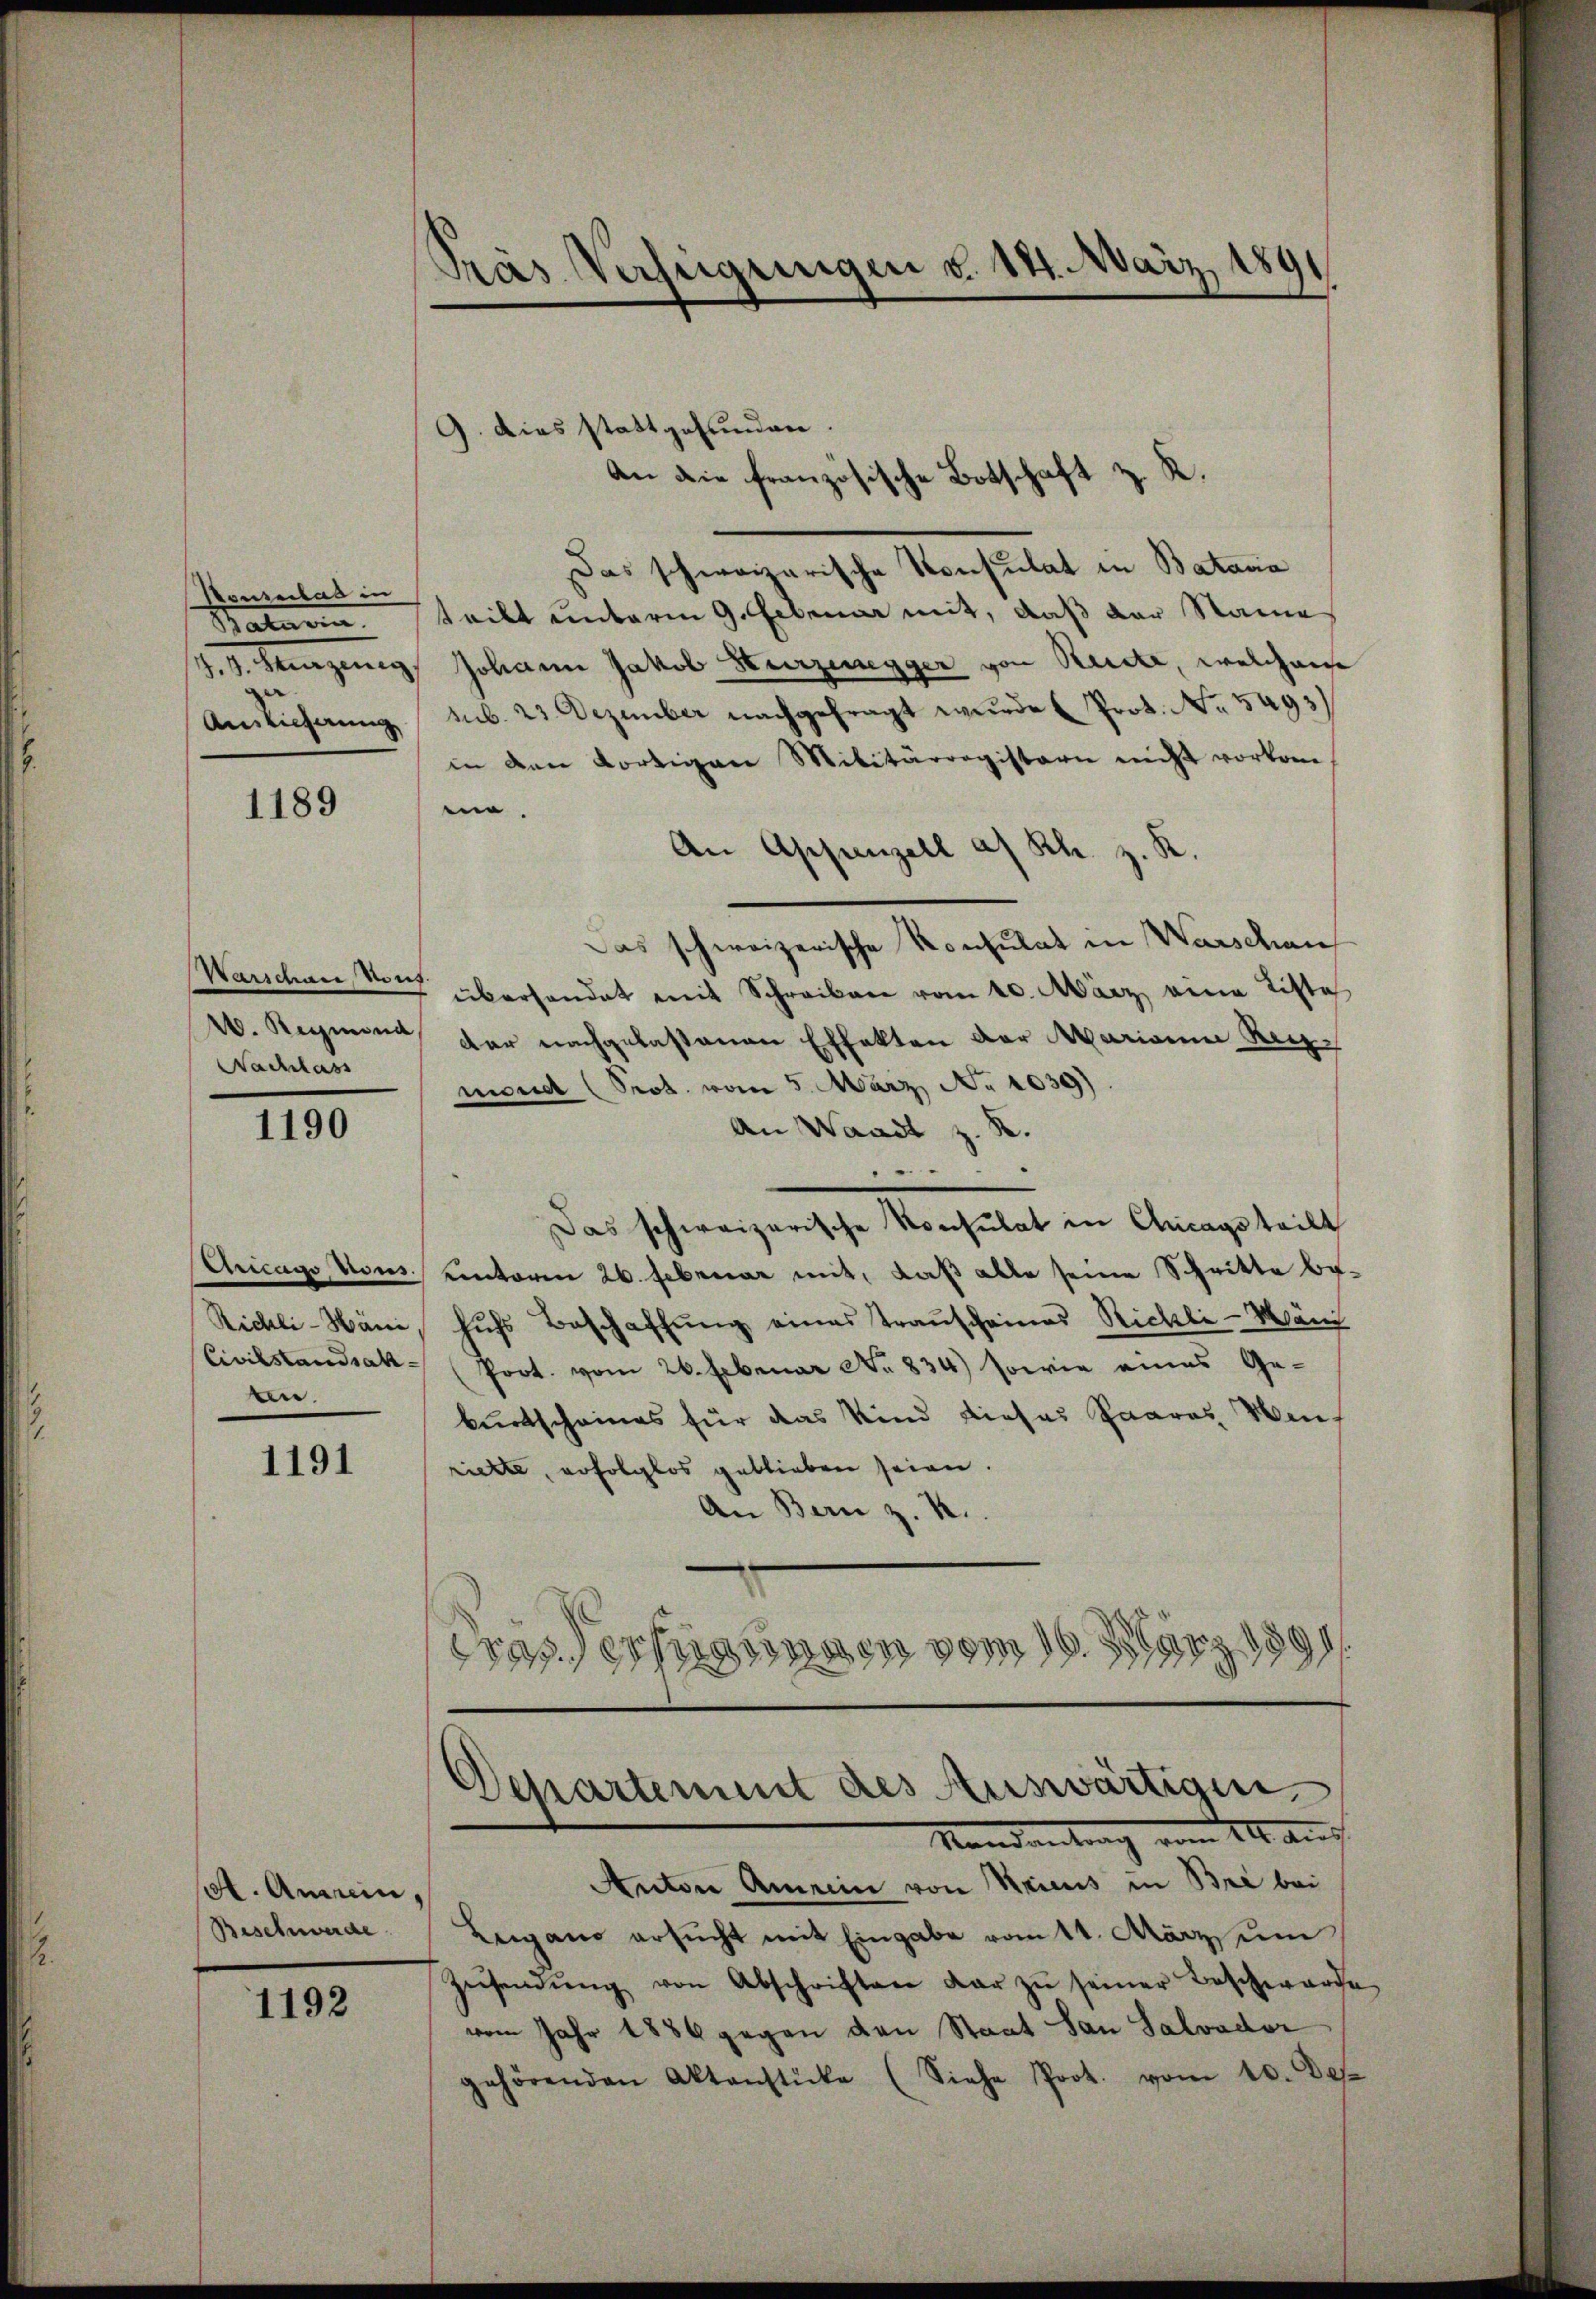
Bousclas in
Batuor
d. 1. Mauregung
Auslieferung

1189

Warschen, Vous
W. Reymond
Nachlass

1190

Einlage vons.
Richli-Häni
ten.

1191

st. Ausein.
Beschwerde

1192

Pras Verfügungen v. 141. März 1891

9. Dies stattgefunden.
An die französische Botschaft z. R.
Das schweizerische Konsulat in Batavia
teibt unterm 9. Februar mit, daß der Staine
 Johann Jakob Hurzenegger von Riete, welchem
sub. 23. Dezember nachgefragt wurde (Prot. No. 5493)
in den dortigen Militärregistern nicht vorkom
m.
An Appenzell a. Rh. z. R.
Das schweizerische Konsulat in Warschau
überhandet mit Schreiben vom 10. März eine Liste
der nachgelassenen Effekten der Marianna Reizmond (Prot. vom 5. März, No 1039)
An Waadt z. R.

Das schweizerische Konsulat in Chicagsteilt
unterm 26. Februar mit, daß alle seine Schritte behŭfs Beschaffung eines Transcheines Richtli-Mäni
Civilstandsak (Poot. vom 26. Februar No. 834) sowie eines Ge-
kuntscheines für das Kind dieses Paares Meuriette, erfolglos geblieben seien.
An Bern z. R.
ngen vom 16. März 1891.
1883. 871

Departement des Auswärtigen.
Nandantrag vom 14. auf

Anton Amerin von Kricus in Bri bei
Leigano ersucht mit Eingabe vom 11. Märzsum
Zŭsendŭng von Abschriften dar zŭ seiner Beschwerde
vom Jahr 1886 gegen den Staat San Salvador
gehörenden Aktenstücke (Siehe Prot. vom 10. Dep